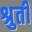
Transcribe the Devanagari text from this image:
श्रुतीं